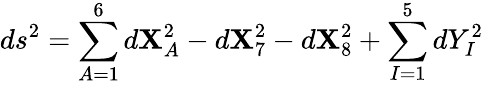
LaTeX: ds^{2}=\sum_{A=1}^{6}d\mathbf{X}_{A}^{2}-d\mathbf{X}_{7}^{2}-d\mathbf{X}_{8}^{2}+\sum_{I=1}^{5}dY_{I}^{2}